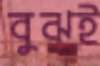
বুঝই